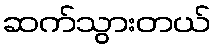
ဆက်သွားတယ်